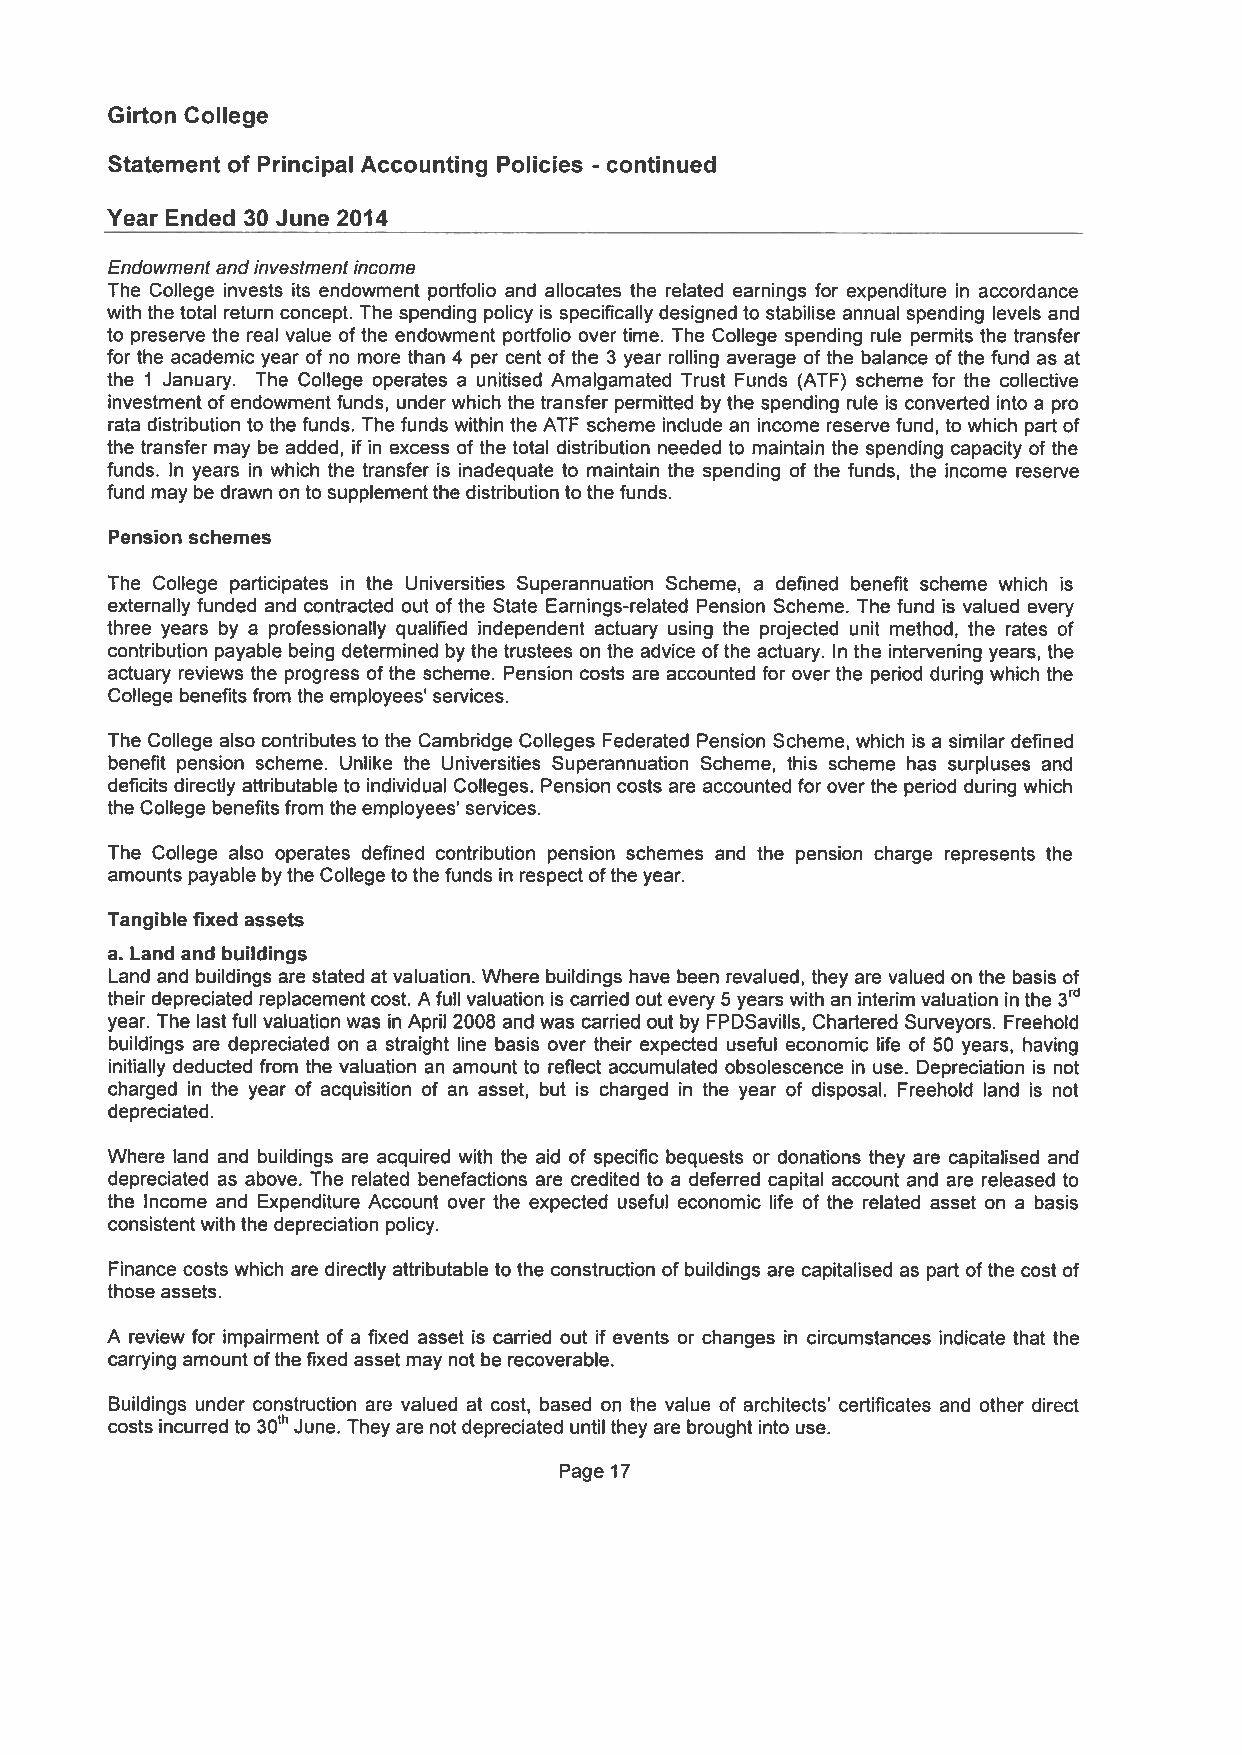
Girton College
 Statement of Principal Accounting Policies continued
 -
 Year Ended 30 June 2014
 Endowmentandinvestmentincome
 The College invests its endowment portfolio and allocates the related earnings for expenditure in accordance
 with the total return concept. The spending policy is specifically designed to stabilise annual spending levels and
 to preserve the real value of the endowment portfolio over time. The College spending rule permits the transfer
 for the academic year of no more than 4 per cent of the 3 year rolling average of the balance of the fund as at
 the 1 January. The College operates a unitised Amalgamated Trust Funds fATF) scheme for the collective
 investment of endowment funds, under which the transfer permitted by the spending rule is converted into a pro
 rata distribution to the funds. The funds within the ATE scheme include an income reserve fund, to which part of
 the transfer may be added, if in excess of the total distribution needed to maintain the spending capacity of the
 funds. In years in which the transfer is inadequate to maintain the spending of the funds, the income reserve
 fund may be drawn on to supplementthe distribution to the funds.
 Pension schemes
 The College participates in the Universities Superannuation Scheme, a defined benefit scheme which is
 externally funded and contracted out of the State Earnings-related Pension Scheme. The fund is valued every
 three years by a professionally qualified independent actuary using the projected unit method, the rates of
 contribution payable being determined by the trustees on the advice ofthe actuary. In the intervening years, the
 actuary reviews the progress of the scheme. Pension costs are accounted for over the period during which the
 College benefits from the employees’ services.
 The College also contributes to the Cambridge Colleges Federated Pension Scheme, which is a similar defined
 benefit pension scheme. Unlike the Universities Superannuation Scheme, this scheme has surpluses and
 deficits directly attributable to individual Colleges. Pension costs are accounted for over the period during which
 the College benefits from the employees’ services.
 The College also operates defined contribution pension schemes and the pension charge represents the
 amounts payable bythe College to the funds in respect ofthe year.
 Tangible fixed assets
 a. Land and buildings
 Land and buildings are stated at valuation. Where buildings have been revalued, they are valued on the basis of
 their depreciated replacement cost. A full valuation is carried out every 5 years with an interim valuation in the 3rd
 year. The last full valuation was in April 2008 and was carried out by FPDSavills, Chartered Surveyors. Freehold
 buildings are depreciated on a straight line basis over their expected useful economic life of 50 years, having
 initially deducted from the valuation an amount to reflect accumulated obsolescence in use. Depreciation is not
 charged in the year of acquisition of an asset, but is charged in the year of disposal. Freehold land is not
 depreciated.
 Where land and buildings are acquired with the aid of specific bequests or donations they are capitalised and
 depreciated as above. The related benefactions are credited to a deferred capital account and are released to
 the Income and Expenditure Account over the expected useful economic life of the related asset on a basis
 consistentwith the depreciation policy.
 Finance costs which are directly attributable to the construction of buildings are capitalised as part of the cost of
 those assets.
 A review for impairment of a fixed asset is carried out if events or changes in circumstances indicate that the
 carrying amountofthe fixed asset may not be recoverable.
 Buildings under construction are valued at cost, based on the value of architects’ certificates and other direct
 costs incurred to 30th June. They are not depreciated until they are brought into use.
 Page 17